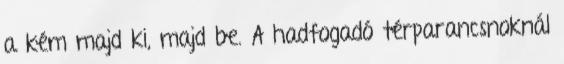
a kém majd ki, majd be. A hadfogadó térparancsnoknál